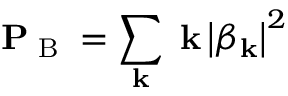
\mathbf { P _ { \textrm { B } } = \sum _ { k } \hbar k } \left| \beta _ { \mathbf { k } } \right| ^ { 2 }